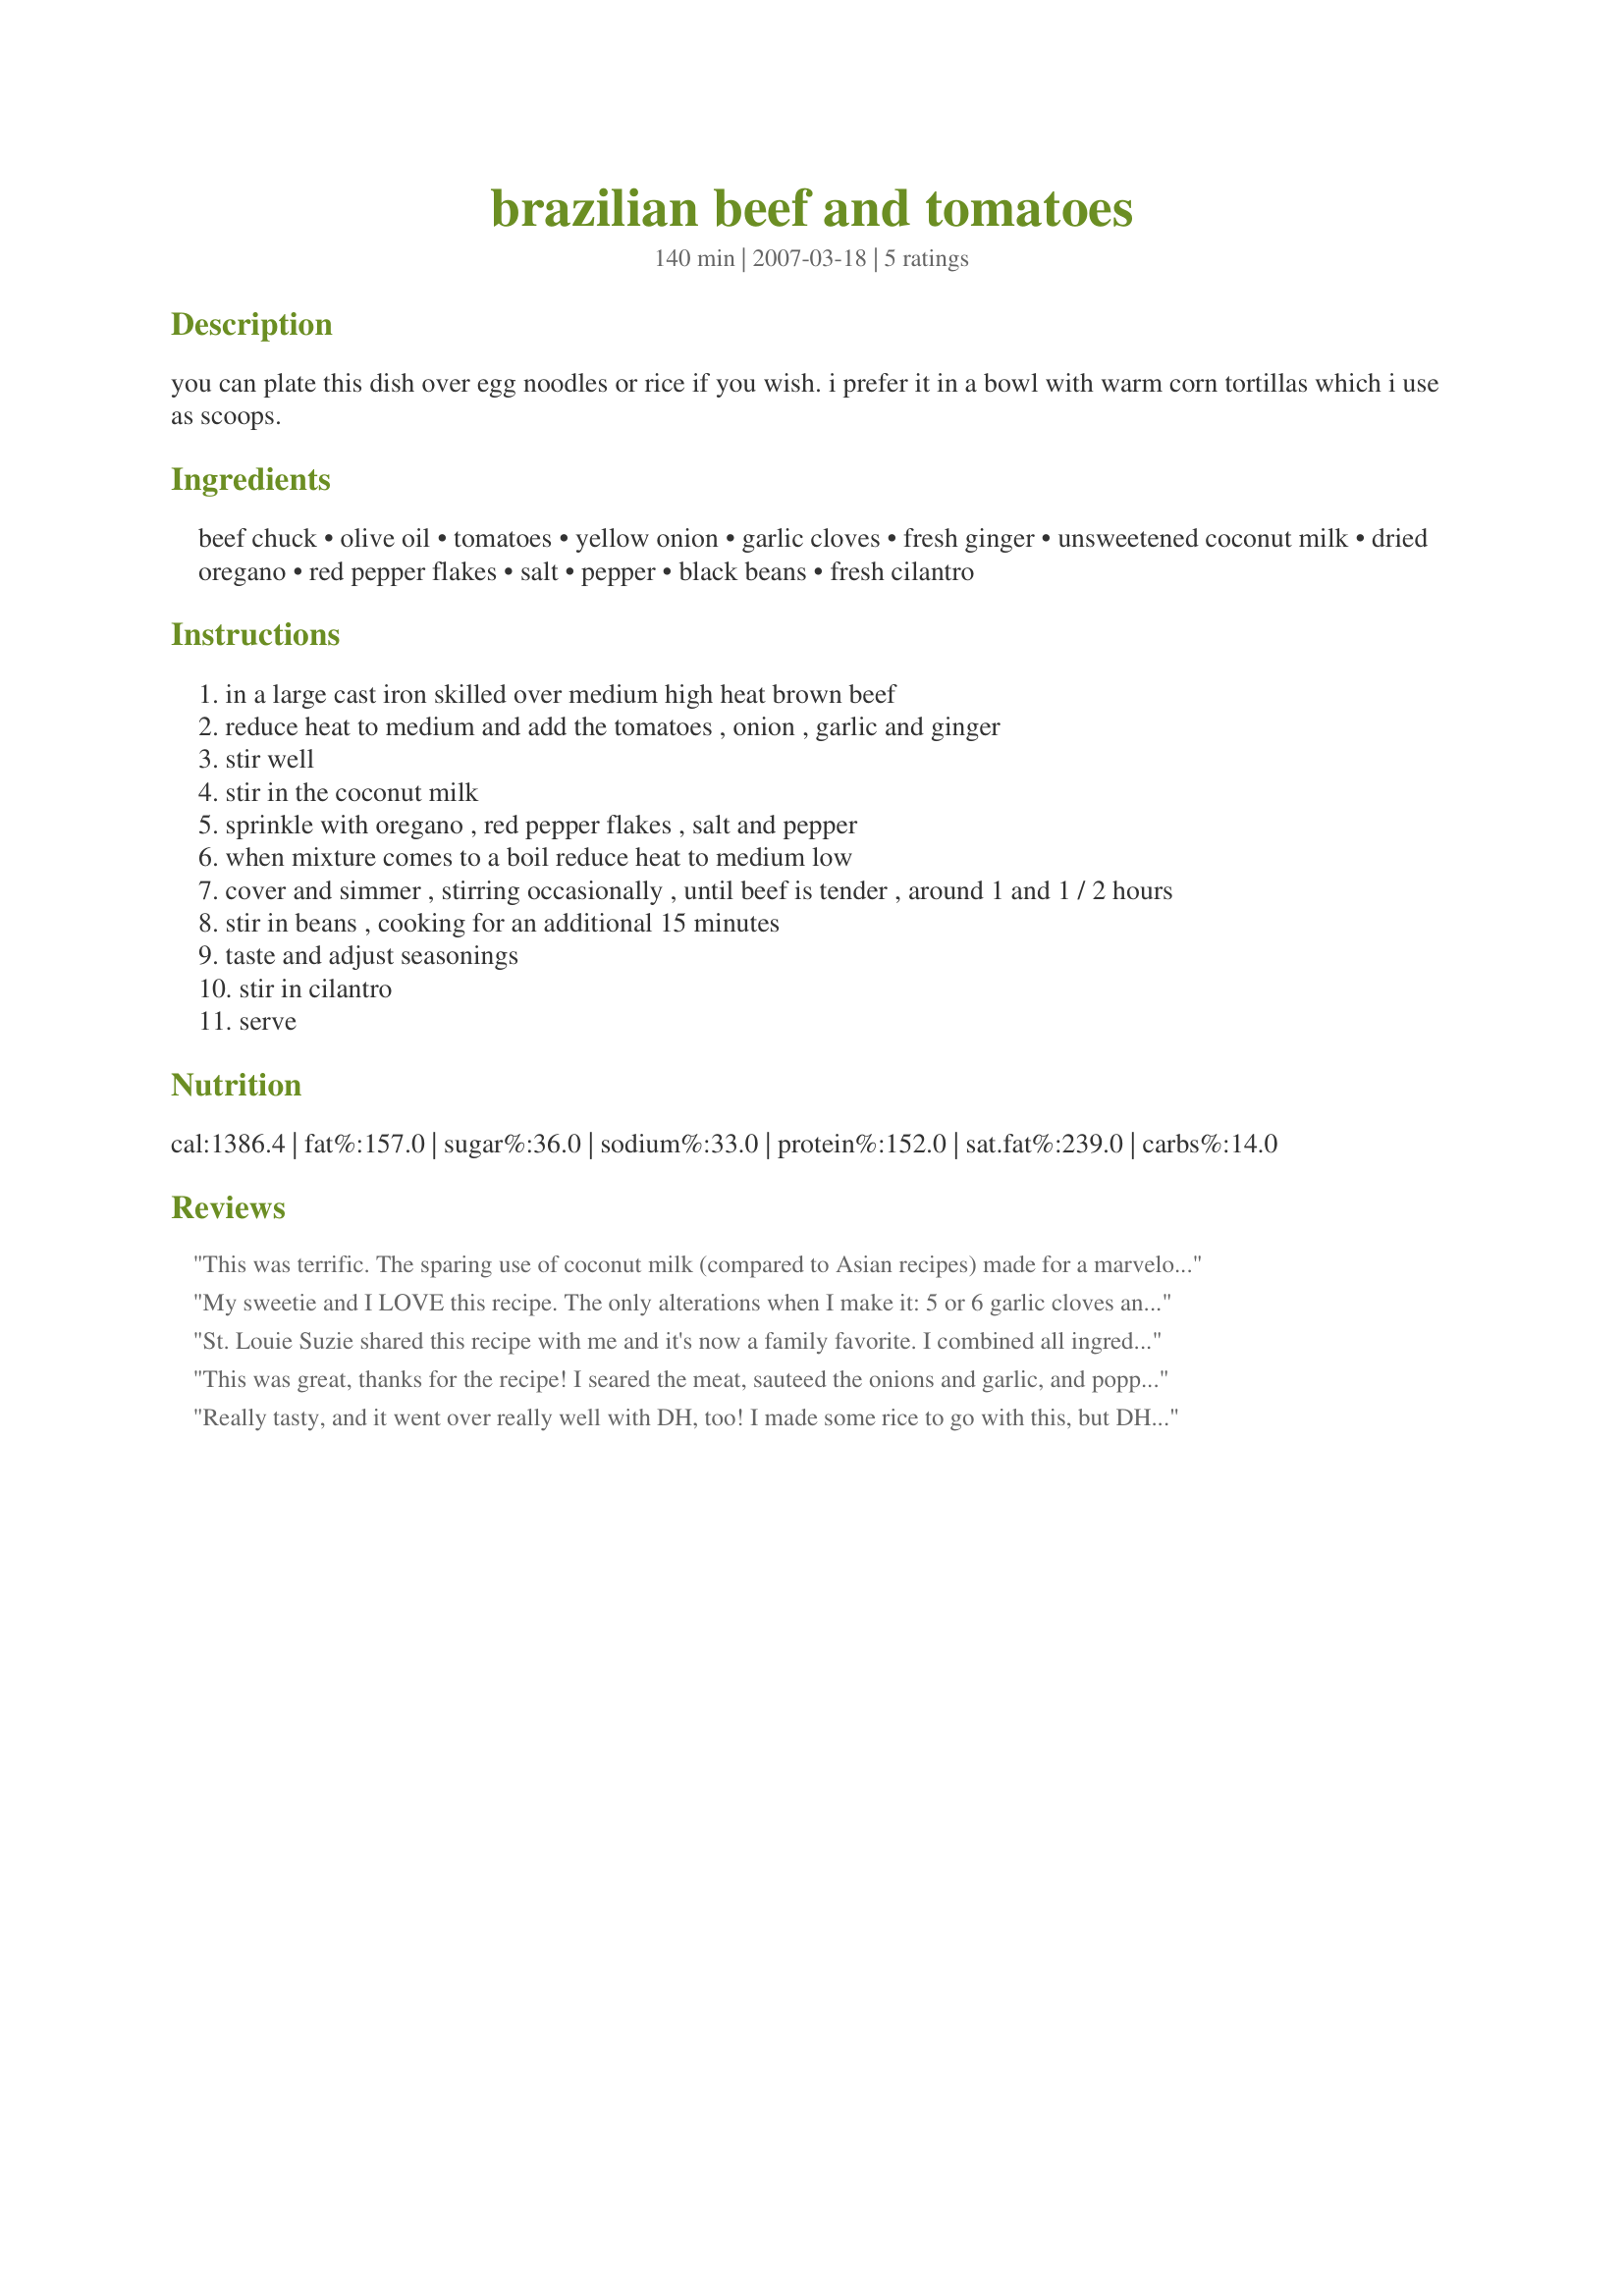
brazilian beef and tomatoes
Preparation time: 140 minutes

you can plate this dish over egg noodles or rice if you wish. i prefer it in a bowl with warm corn tortillas which i use as scoops.

Ingredients:
beef chuck, olive oil, tomatoes, yellow onion, garlic cloves, fresh ginger, unsweetened coconut milk, dried oregano, red pepper flakes, salt, pepper, black beans, fresh cilantro

Steps:
in a large cast iron skilled over medium high heat brown beef
reduce heat to medium and add the tomatoes , onion , garlic and ginger
stir well
stir in the coconut milk
sprinkle with oregano , red pepper flakes , salt and pepper
when mixture comes to a boil reduce heat to medium low
cover and simmer , stirring occasionally , until beef is tender , around 1 and 1 / 2 hours
stir in beans , cooking for an additional 15 minutes
taste and adjust seasonings
stir in cilantro
serve

Reviews:
This was terrific. The sparing use of coconut milk (compared to Asian recipes) made for a marvelous flavor. The only thing I'd suggest is that it is *so* saucy, it really ought to be served over rice or quinoa or something to sop up more of the gravy. Thanks so much for posting!
My sweetie and I LOVE this recipe. The only alterations when I make it: 5 or 6 garlic cloves and 2 cans of black beans.

We typically eat this over white rice, but recently tried it with wide egg noodles and loved that, too. 

This recipe makes a lot, and it freezes well, so when I make it, I'm always happy to know I have at least 2 dinners and a couple of lunches!
St. Louie Suzie shared this recipe with me and it's now a family favorite. I combined all ingredients and cooked in dutch oven for 3 hours. So good!
This was great, thanks for the recipe! I seared the meat, sauteed the onions and garlic, and popped everything in my slow cooker for about 4 hours. Tossed in the beans and cilantro when I got home, and dinner was ready.
Really tasty, and it went over really well with DH, too! I made some rice to go with this, but DH preferred to eat it with some sliced avocado and warm corn tortillas. Definitely a keeper to add into my dinner rotation. Thanks for posting! Sorry, no pic -- it was late, dark, and the photos were definitely not postable, haha! Made by a fellow Merry Maid of Mayhem for Culinary Quest I
